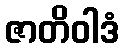
ဇာတိဝါဒံ